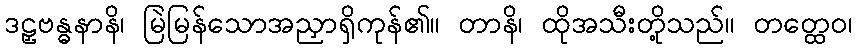
ဒဠှဗန္ဓနာနိ၊ မြဲမြန်သောအညှာရှိကုန်၏။ တာနိ၊ ထိုအသီးတို့သည်။ တတ္ထေဝ၊